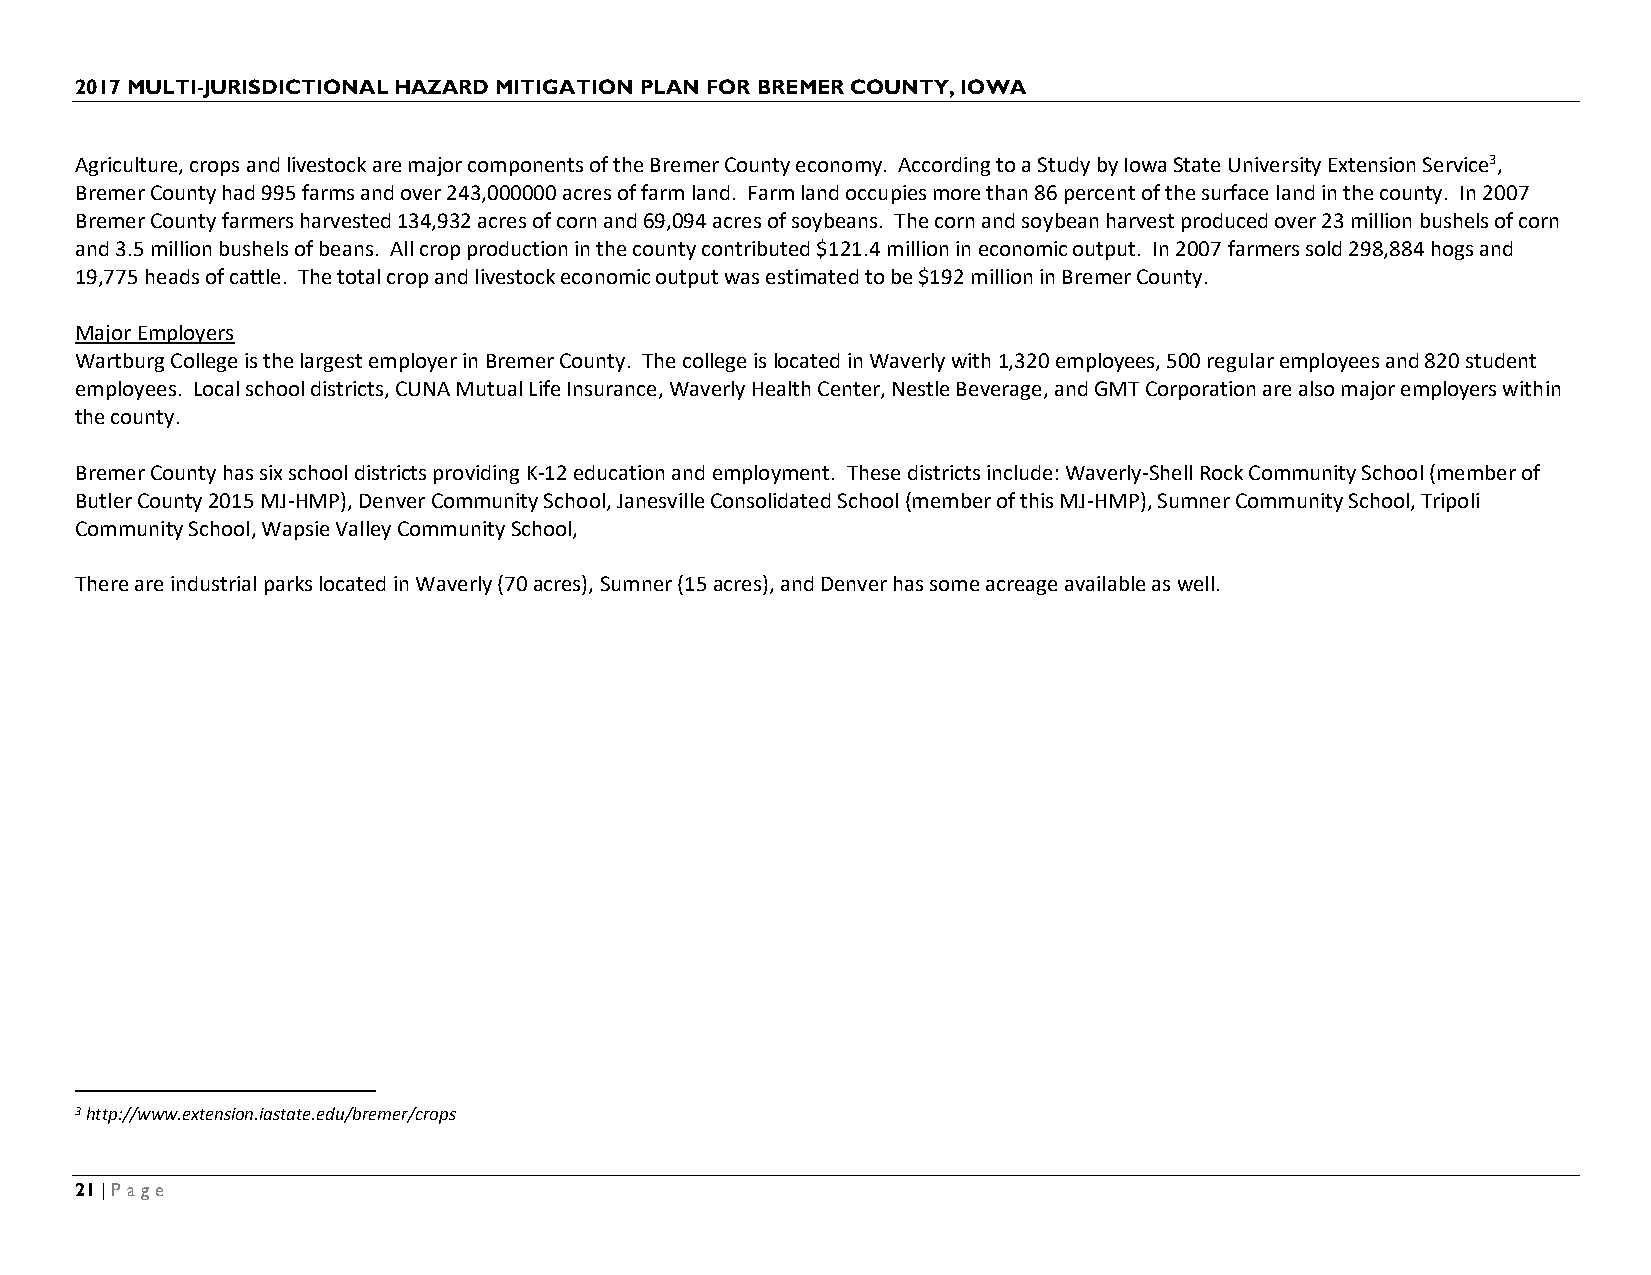
2017 MULTI-JURISDICTIONAL HAZARD MITIGATION PLAN FOR BREMER COUNTY, IOWA
 Agriculture, crops and livestock are major components of the Bremer County economy. According to a Study by Iowa State University Extension Service3,
 Bremer County had 995 farms and over 243,000000 acres of farm land. Farm land occupies more than 86 percent of the surface land in the county. In 2007
 Bremer County farmers harvested 134,932 acres of corn and 69,094 acres of soybeans. The corn and soybean harvest produced over 23 million bushels of corn
 and 3.5 million bushels of beans. All crop production in the county contributed $121.4 million in economic output. In 2007 farmers sold 298,884 hogs and
 19,775 heads of cattle. The total crop and livestock economic output was estimated to be $192 million in Bremer County.
 Major Employers
 Wartburg College is the largest employer in Bremer County. The college is located in Waverly with 1,320 employees, 500 regular employees and 820 student
 employees. Local school districts, CUNA Mutual Life Insurance, Waverly Health Center, Nestle Beverage, and GMT Corporation are also major employers within
 the county.
 Bremer County has six school districts providing K-12 education and employment. These districts include: Waverly-Shell Rock Community School (member of
 Butler County 2015 MJ-HMP), Denver Community School, Janesville Consolidated School (member of this MJ-HMP), Sumner Community School, Tripoli
 Community School, Wapsie Valley Community School,
 There are industrial parks located in Waverly (70 acres), Sumner (15 acres), and Denver has some acreage available as well.
 3 http://www.extension.iastate.edu/bremer/crops
 21 | Page